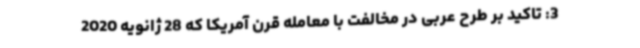
3: تاکید بر طرح عربی در مخالفت با معامله قرن آمریکا که 28 ژانویه 2020